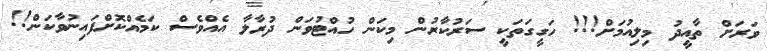
ވަރަށް ތާއީދު މިލިއުމަށް!!! ހަގީގަތަކީ ސަރުކާރުން މިކަން ހުއްޓުވަން ދުރާލާ އެއްވެސް ކަމެއްކޮށްފައިނުވާކަން!!